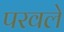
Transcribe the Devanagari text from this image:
परवले